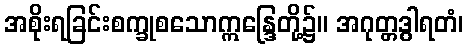
အစိုးရခြင်းစက္ခုစသောဣန္ဒြေတို့၌။ အဂုတ္တဒွါရတံ၊